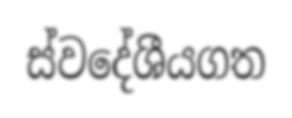
ස්වදේශීයගත